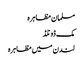
مسلمان مظاہرہ
مک ڈونلڈ
لندن میں مظاہرہ